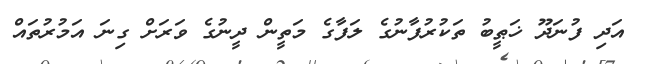
އަދި ފުނަދޫ ޚަޠީބު ތަކުރުފާނުގެ ލަފާގެ މަތީން ދީނުގެ ވަރަށް ގިނަ އަމުރުތައް